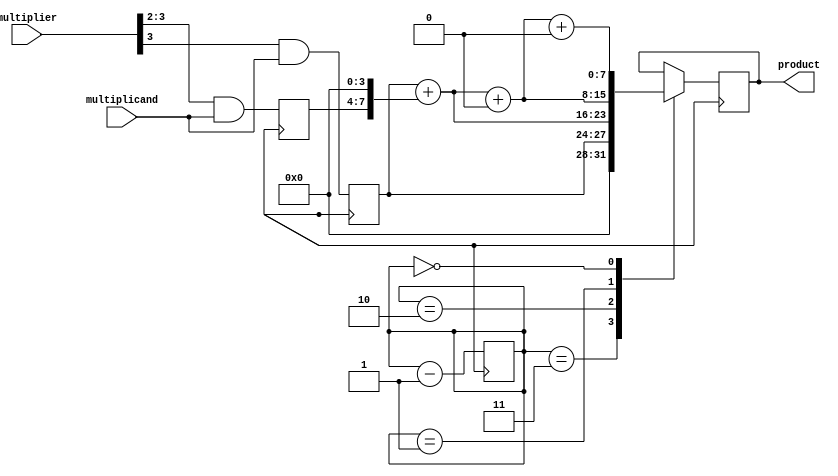
module booth_multiplier(
  input [3:0] multiplicand,
  input [3:0] multiplier,
  output reg [7:0] product
);

reg [3:0] partial_product [3:0];
reg [2:0] shift_count;

always @(posedge clk) begin
  partial_product[0] <= {4'b0000, multiplier} & multiplicand;
  partial_product[1] <= {4'b0000, multiplier >> 1} & multiplicand;
  partial_product[2] <= {4'b0000, multiplier >> 2} & multiplicand;
  partial_product[3] <= {4'b0000, multiplier >> 3} & multiplicand;
  
  case (shift_count)
    3: product <= partial_product[3];
    2: product <= partial_product[3] + (partial_product[2] << 4);
    1: product <= partial_product[3] + (partial_product[2] << 4) + (partial_product[1] << 8);
    0: product <= partial_product[3] + (partial_product[2] << 4) + (partial_product[1] << 8) + (partial_product[0] << 12);
  endcase
  
  shift_count <= shift_count - 1;
end

endmodule